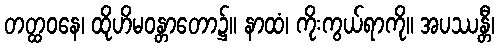
တတ္ထဝနေ၊ ထိုဟိမဝန္တာတော၌။ နာထံ၊ ကိုးကွယ်ရာကို။ အပဿန္တီ၊